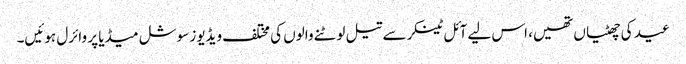
عید کی چھٹیاں تھیں، اس لیے آئل ٹینکر سے تیل لوٹنے والوں کی مختلف ویڈیوز سوشل میڈیا پر وائرل ہوئیں۔